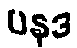
ပနုဒ